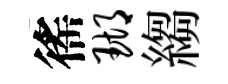
徭瑚縐